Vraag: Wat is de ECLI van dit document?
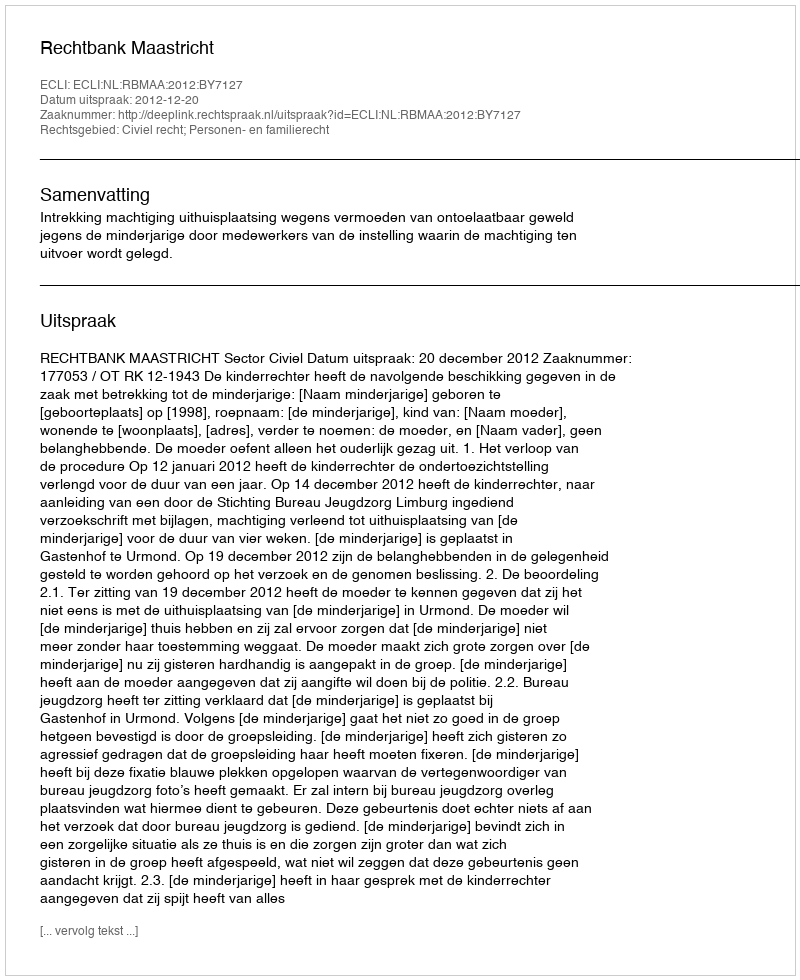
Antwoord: ECLI:NL:RBMAA:2012:BY7127